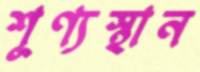
শূণ্যস্থান